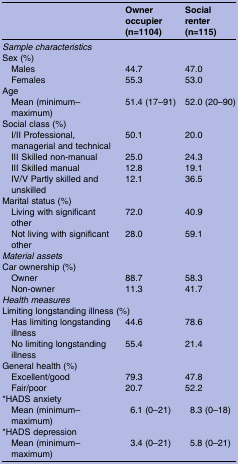
<table><thead><tr><td></td><td><b>Owner occupier (n=1104)</b></td><td><b>Social renter (n=115)</b></td></tr></thead><tbody><tr><td colspan="3"><i>Sample characteristics</i></td></tr><tr><td colspan="3">Sex (%)</td></tr><tr><td> Males</td><td>44.7</td><td>47.0</td></tr><tr><td> Females</td><td>55.3</td><td>53.0</td></tr><tr><td colspan="3">Age</td></tr><tr><td> Mean (minimum–maximum)</td><td>51.4 (17–91)</td><td>52.0 (20–90)</td></tr><tr><td colspan="3">Social class (%)</td></tr><tr><td> I/II Professional, managerial and technical</td><td>50.1</td><td>20.0</td></tr><tr><td> III Skilled non-manual</td><td>25.0</td><td>24.3</td></tr><tr><td> III Skilled manual</td><td>12.8</td><td>19.1</td></tr><tr><td> IV/V Partly skilled and unskilled</td><td>12.1</td><td>36.5</td></tr><tr><td colspan="3">Marital status (%)</td></tr><tr><td> Living with significant other</td><td>72.0</td><td>40.9</td></tr><tr><td> Not living with significant other</td><td>28.0</td><td>59.1</td></tr><tr><td colspan="3"><i>Material assets</i></td></tr><tr><td colspan="3">Car ownership (%)</td></tr><tr><td> Owner</td><td>88.7</td><td>58.3</td></tr><tr><td> Non-owner</td><td>11.3</td><td>41.7</td></tr><tr><td colspan="3"><i>Health measures</i></td></tr><tr><td colspan="3">Limiting longstanding illness (%)</td></tr><tr><td> Has limiting longstanding illness</td><td>44.6</td><td>78.6</td></tr><tr><td> No limiting longstanding illness</td><td>55.4</td><td>21.4</td></tr><tr><td colspan="3">General health (%)</td></tr><tr><td> Excellent/good</td><td>79.3</td><td>47.8</td></tr><tr><td> Fair/poor</td><td>20.7</td><td>52.2</td></tr><tr><td colspan="3">*HADS anxiety</td></tr><tr><td> Mean (minimum–maximum)</td><td>6.1 (0–21)</td><td>8.3 (0–18)</td></tr><tr><td colspan="3">*HADS depression</td></tr><tr><td> Mean (minimum–maximum)</td><td>3.4 (0–21)</td><td>5.8 (0–21)</td></tr></tbody></table>